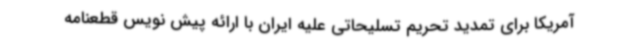
آمریکا برای تمدید تحریم تسلیحاتی علیه ایران با ارائه پیش نویس قطعنامه